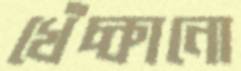
খেঁচ্‌কানো